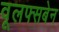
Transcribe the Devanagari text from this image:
वूलफ्सबेन